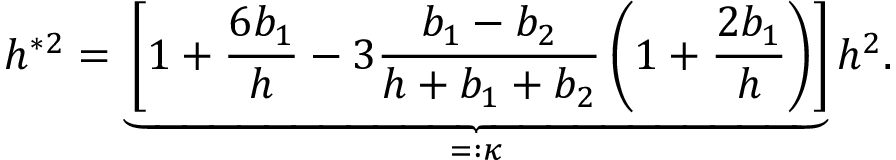
h ^ { \ast 2 } = \underbrace { \left[ 1 + \frac { 6 b _ { 1 } } { h } - 3 \frac { b _ { 1 } - b _ { 2 } } { h + b _ { 1 } + b _ { 2 } } \left( 1 + \frac { 2 b _ { 1 } } { h } \right) \right] } _ { = : \kappa } h ^ { 2 } .